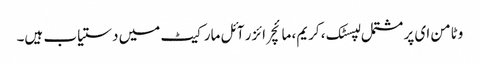
وٹامن ای پر مشتمل لپسٹک ، کریم، مائچر ائزر آئل مارکیٹ میں دستیاب ہیں۔